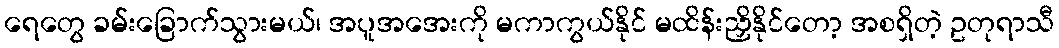
ရေတွေ ခမ်းခြောက်သွားမယ်၊ အပူအအေးကို မကာကွယ်နိုင် မထိန်းညှိနိုင်တော့ အစရှိတဲ့ ဥတုရာသီ